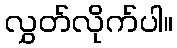
လွှတ်လိုက်ပါ။